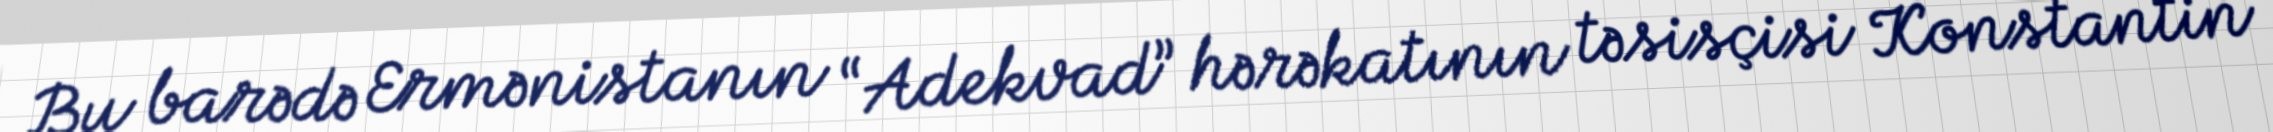
Bu barədə Ermənistanın “Adekvad” hərəkatının təsisçisi Konstantin